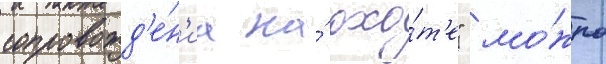
сопровожд'е́н'иа на́ охо́т'е" мо́жно